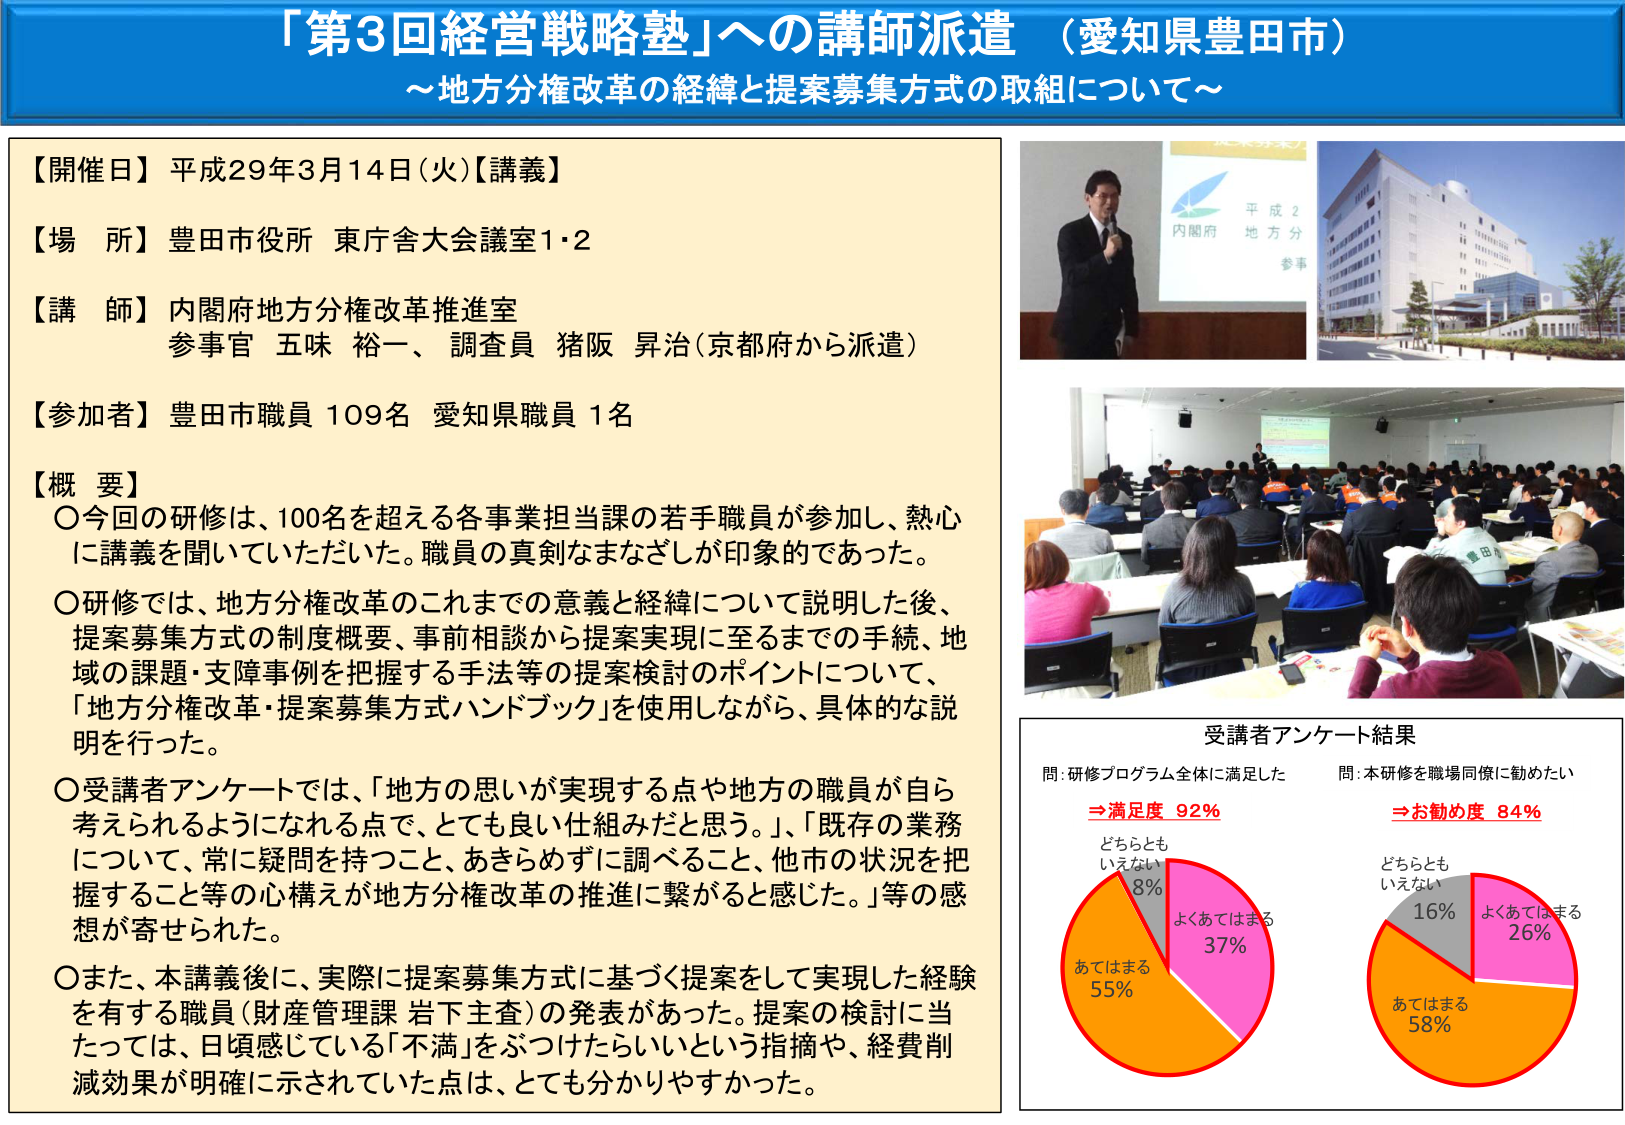
「第3回経営戦略塾」への講師派遣（愛知県豊田市）
～地方分権改革の経緯と提案募集方式の取組について～

【開催日】平成29年3月14日（火）【講義】
【場 所】豊田市役所 東庁舎大会議室1・2
【講 師】内閣府地方分権改革推進室
参事官 五味 裕一、調査員 猪阪 昇治（京都府から派遣）
【参加者】豊田市職員 109名 愛知県職員 1名

【概 要】
〇今回の研修は、100名を超える各事業担当課の若手職員が参加し、熱心に講義を聞いていただいた。職員の真剣なまなざしが印象的であった。
〇研修では、地方分権改革のこれまでの意義と経緯について説明した後、提案募集方式の制度概要、事前相談から提案実現に至るまでの手続、地域の課題・支障事例を把握する手法等の提案検討のポイントについて、「地方分権改革・提案募集方式ハンドブック」を使用しながら、具体的な説明を行った。
〇受講者アンケートでは、「地方の思いが実現する点や地方の職員が自ら考えられるようになる点で、とても良い仕組みだと思う。」、「既存の業務について、常に疑問を持つこと、あきらめずに調べること、他市の状況を把握すること等の心構えが地方分権改革の推進に繋がると感じた。」等の感想が寄せられた。
〇また、本講義後に、実際に提案募集方式に基づく提案をして実現した経験を有する職員（財産管理課 岩下主査）の発表があった。提案の検討に当たっては、日頃感じている「不満」をぶつけたらいいという指摘や、経費削減効果が明確に示されていた点は、とても分かりやすかった。

受講者アンケート結果
問：研修プログラム全体に満足した
⇒満足度 92%
どちらともいえない 8%
よくあてはまる 37%
あてはまる 55%

問：本研修を職場同僚に勧めたい
⇒お勧め度 84%
どちらともいえない 16%
よくあてはまる 26%
あてはまる 58%

内閣府
平成2
地方分
参事